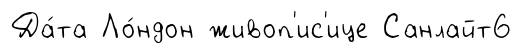
Да́та Ло́ндон живоп'ис'ице Санлайт6